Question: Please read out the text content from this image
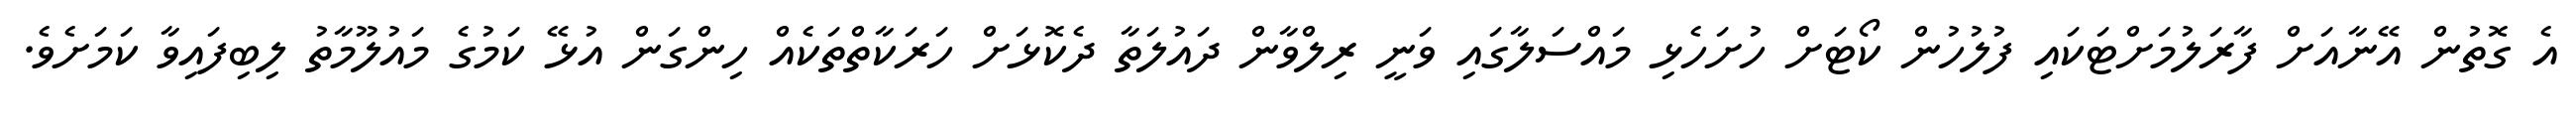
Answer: އެ ގޮތުން އޭނާއަށް ފާރަލުމަށްޓަކައި ފުލުހުން ކޯޓަށް ހުށަހެޅި މައްސަލާގައި ވަނީ ރިލްވާން ދައުލަތާ ދެކޮޅަށް ހަރަކާތްތަކެއް ހިންގަން އުޅޭ ކަމުގެ މައުލޫމާތު ލިބިފައިވާ ކަމަށެވެ.